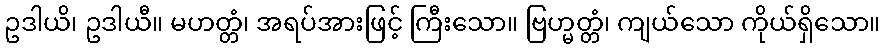
ဥဒါယိ၊ ဥဒါယီ။ မဟတ္တံ၊ အရပ်အားဖြင့် ကြီးသော။ ဗြဟ္မတ္တံ၊ ကျယ်သော ကိုယ်ရှိသော။